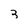
Character: 3